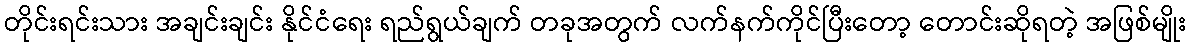
တိုင်းရင်းသား အချင်းချင်း နိုင်ငံရေး ရည်ရွယ်ချက် တခုအတွက် လက်နက်ကိုင်ပြီးတော့ တောင်းဆိုရတဲ့ အဖြစ်မျိုး